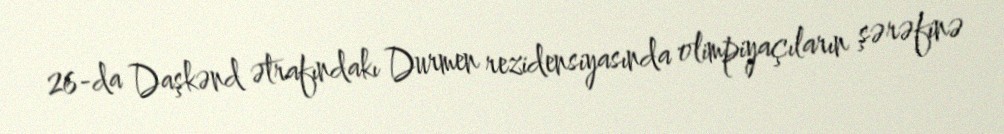
26-da Daşkənd ətrafındakı Durmen rezidensiyasında olimpiyaçıların şərəfinə